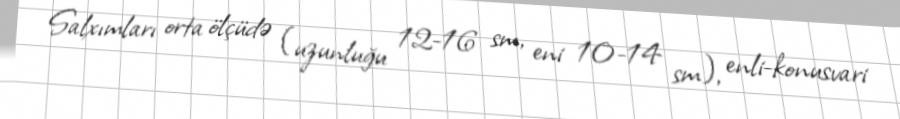
Salxımları orta ölçüdə (uzunluğu 12-16 sm, eni 10-14 sm), enli-konusvari